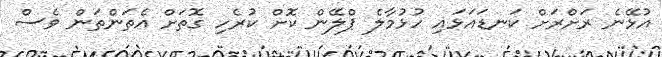
އުޅޭނެ ރަށްރަށް ކަނޑައަޅައި ހުޅުމާލެ ޕްލޭން ކޮށް ކުރެހި ގޮތަށް އެތަންތަން ވެސް